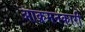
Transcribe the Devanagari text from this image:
आक्रमनकारी